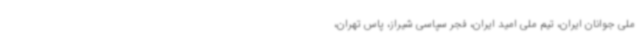
ملی جوانان ایران، تیم ملی امید ایران، فجر سپاسی شیراز، پاس تهران،